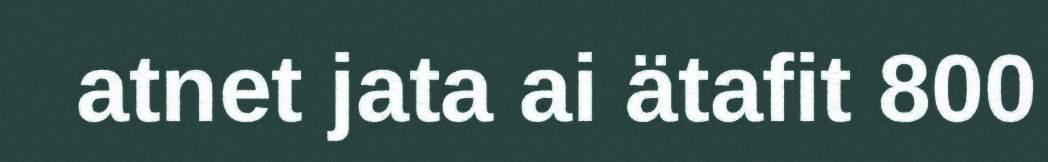
atnet jata ai ätafit 800